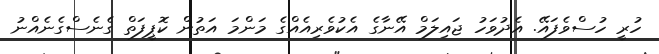
ހުރީ ހުސްވެފައޭ. އެދުވަހު ޖައިލަމް އޭނާގެ އެކުވެރިއެއްގެ މަންމަ އަތުން ކޮޕީފަތް ގެނެސްގެނެއްނު